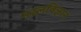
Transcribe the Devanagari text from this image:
नस्लविज्ञान